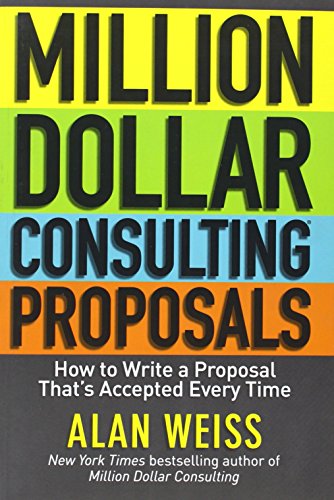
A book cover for Million Dollar Consulting Proposals: How to Write a Proposal That's Accepted Every Time; Alan Weiss; Business & Money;